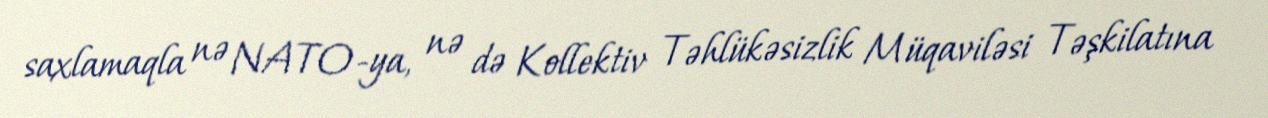
saxlamaqla nə NATO-ya, nə də Kollektiv Təhlükəsizlik Müqaviləsi Təşkilatına